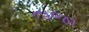
તાજા